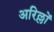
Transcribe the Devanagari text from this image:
अरिल्लों